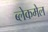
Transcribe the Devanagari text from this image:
ब्लेकमेल